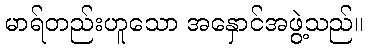
မာရ်တည်းဟူသော အနှောင်အဖွဲ့သည်။